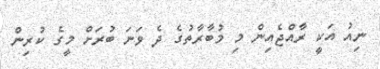
ނިއު އަކީ ރާއްޖެއިން މި މުބާރާތުގެ ދެ ވަނަ ބުރަށް މީގެ ކުރިން